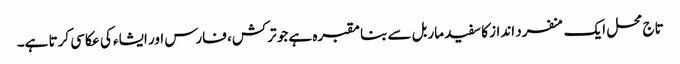
تاج محل ایک منفرد انداز کا سفید ماربل سے بنا مقبرہ ہے جو ترکش، فارس اور ایشاء کی عکاسی کرتا ہے۔